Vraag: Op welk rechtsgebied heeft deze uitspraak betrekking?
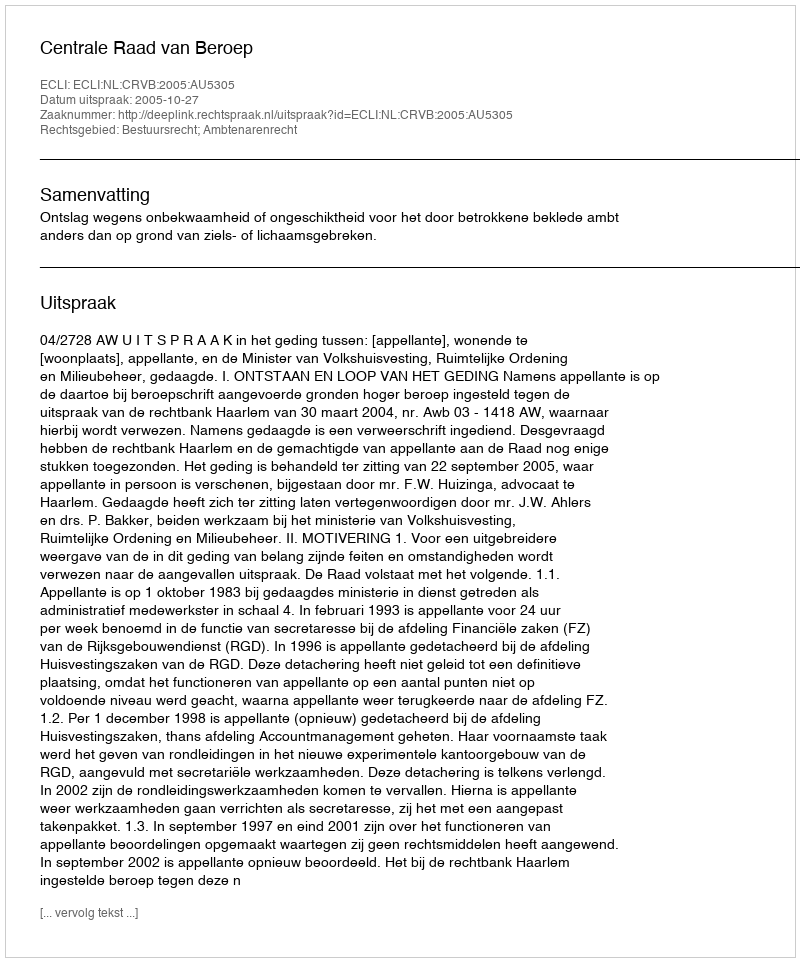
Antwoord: Bestuursrecht; Ambtenarenrecht